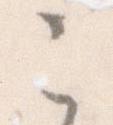
こ